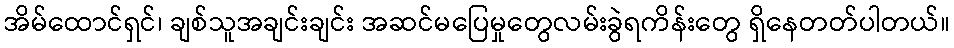
အိမ်ထောင်ရှင်၊ ချစ်သူအချင်းချင်း အဆင်မပြေမှုတွေလမ်းခွဲရကိန်းတွေ ရှိနေတတ်ပါတယ်။